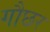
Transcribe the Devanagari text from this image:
गौछर